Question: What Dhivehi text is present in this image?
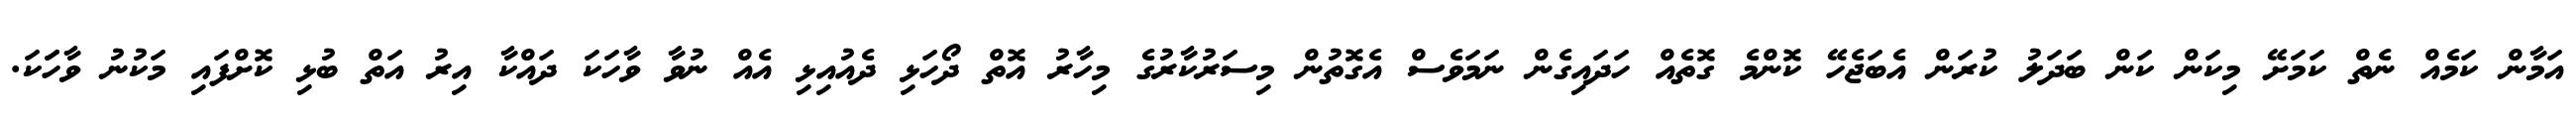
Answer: އަމާން ކަމެއް ނެތް ކަމަށޭ މިކަން ކަން ބަދަލު ކުރަން އެބަޖެހޭ ކޮންމެ ގޮތެއް ހަދައިގެން ނަމަވެސް އެގޮތުން މިސަރުކާރުގެ މިހާރު އޮތް ދޯހަޅި ދެއުއިޅި އެއް ނުވާ ވާހަކަ ދައްކާ އިރު އަތް ބުޅި ކޮށްފައި މަކުނު ވާހަަކަ.